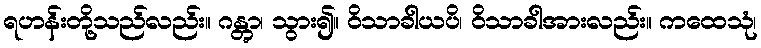
ရဟန်းတို့သည်လည်း။ ဂန္တွာ၊ သွား၍။ ဝိသာခါယပိ၊ ဝိသာခါအားလည်း။ ကထေသုံ၊